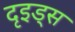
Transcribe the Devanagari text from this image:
दृइड्स